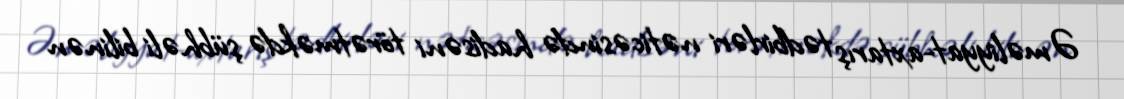
Əməliyyat-axtarış tədbirləri nəticəsində hadisəni törətməkdə şübhəli bilinən